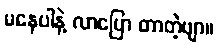
မနေပါနဲ့ လာပြော တာတဲ့ဗျာ။